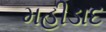
મહીડાદ